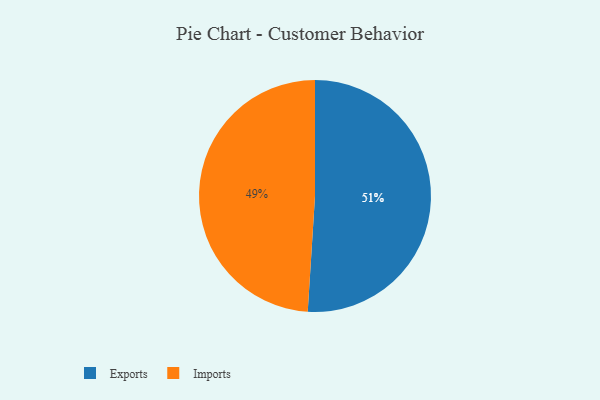
{"axis": {"x": "Category", "y": "Percentage"}, "legend": ["Exports", "Imports"], "data": [{"x": "Exports", "y": 51, "type": "Exports"}, {"x": "Imports", "y": 49, "type": "Imports"}]}